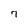
Character: 7